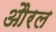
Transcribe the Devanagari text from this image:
औरल